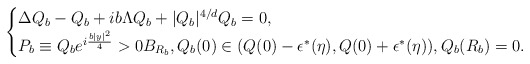
\begin{align*}\begin{cases}\Delta Q_{b}-Q_{b}+ib\Lambda Q_{b}+|Q_{b}|^{4/d}Q_{b}=0,\\P_{b}\equiv Q_{b}e^{i\frac{b|y|^{2}}{4}}>0 B_{R_{b}},Q_{b}(0)\in (Q(0)-\epsilon^{*}(\eta),Q(0)+\epsilon^{*}(\eta)), Q_{b}(R_{b})=0.\end{cases}\end{align*}